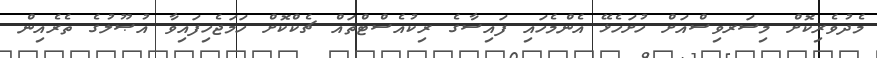
މެދުވެރިކޮށް މިސަރވިސްއަށް ހުށަހެޅޭ އެންމެހައި ފައިސާގެ ރިކުއެސްޓްތައް ޗެކްކޮށް ހަމަޖެހިފައިވާ އުޞޫލުގެ ތެރެއިން